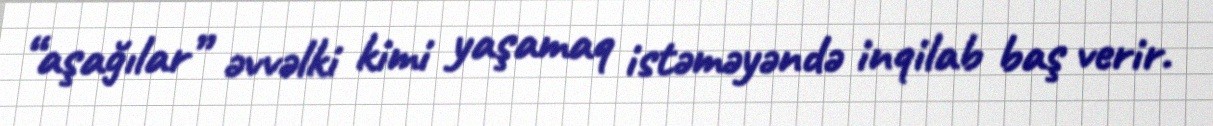
“aşağılar” əvvəlki kimi yaşamaq istəməyəndə inqilab baş verir.